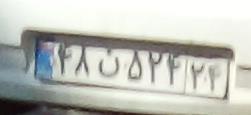
۴۸ن۵۲۴۲۴